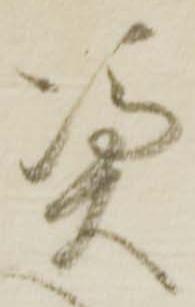
憑